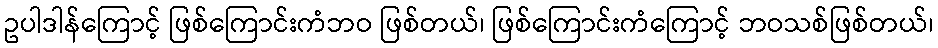
ဥပါဒါန်ကြောင့် ဖြစ်ကြောင်းကံဘဝ ဖြစ်တယ်၊ ဖြစ်ကြောင်းကံကြောင့် ဘဝသစ်ဖြစ်တယ်၊